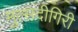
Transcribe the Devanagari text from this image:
मुत्सदीगिरी